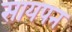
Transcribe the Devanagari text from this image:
सायपन